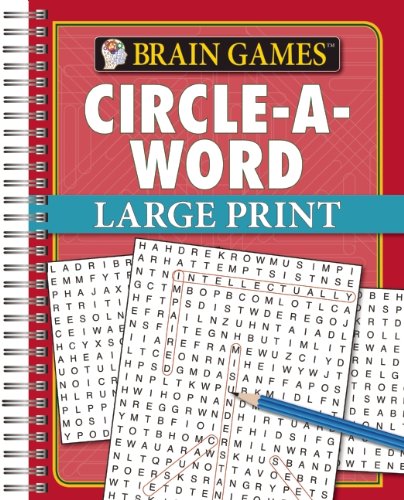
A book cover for Brain Games Large Print Word Searches; Humor & Entertainment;